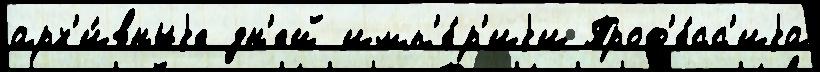
арх'и́вныjе дн'ей имп'е́р'иjи Проф'е́сс'иjа